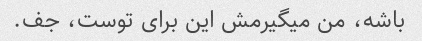
باشه، من میگیرمش این برای توست، جف.